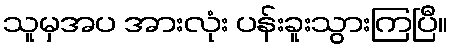
သူမှအပ အားလုံး ပန်းခူးသွားကြပြီ။